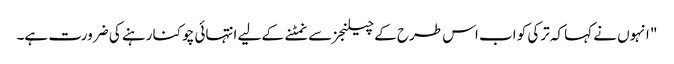
" انہوں نے کہا کہ ترکی کو اب اس طرح کے چیلنجز سے نمٹنے کے لیے انتہائی چوکنا رہنے کی ضرورت ہے۔